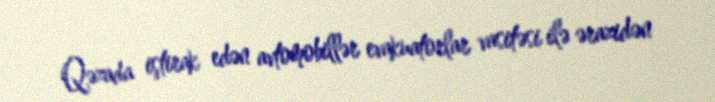
Qəzada iştirak edən avtomobillər evakuatorlar vasitəsi ilə ərazidən